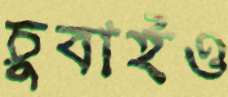
চুবাইও